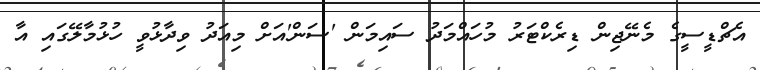
އެޗްޑީސީގެ މެނޭޖިން ޑިރެކްޓަރު މުހައްމަދު ސައިމަން 'ސަން'އަށް މިއަދު ވިދާޅުވީ ހުޅުމާލޭގައި އާ